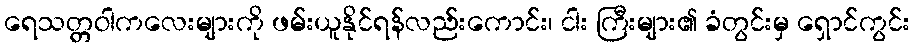
ရေသတ္တဝါကလေးများကို ဖမ်းယူနိုင်ရန်လည်းကောင်း၊ ငါး ကြီးများ၏ ခံတွင်းမှ ရှောင်ကွင်း